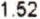
1.52